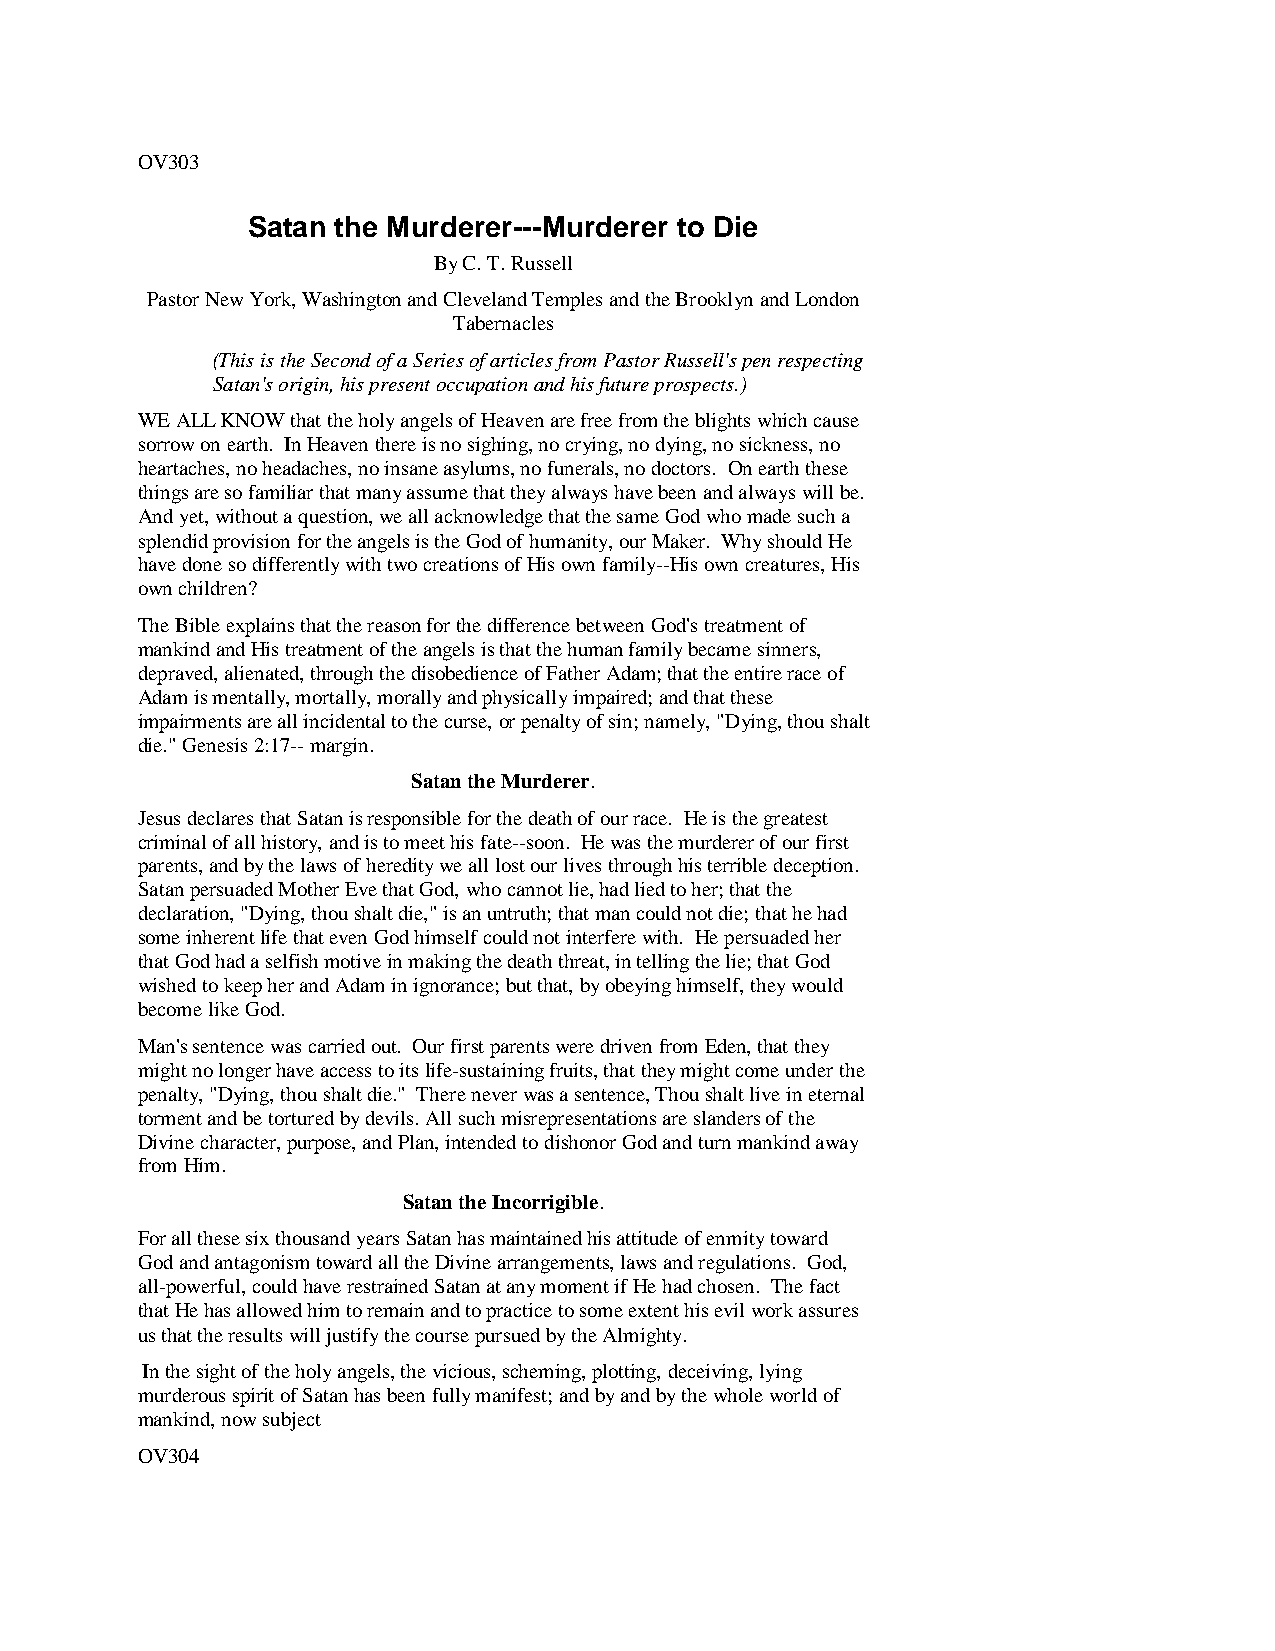
OV303
 Satan the Murderer---Murderer to Die
 By C. T. Russell
 Pastor New York, Washington and Cleveland Temples and the Brooklyn and London
 Tabernacles
 (This is the Second of a Series of articles from Pastor Russell's pen respecting
 Satan's origin, his present occupation and his future prospects.)
 WE ALL KNOW that the holy angels of Heaven are free from the blights which cause
 sorrow on earth. In Heaven there is no sighing, no crying, no dying, no sickness, no
 heartaches, no headaches, no insane asylums, no funerals, no doctors. On earth these
 things are so familiar that many assume that they always have been and always will be.
 And yet, without a question, we all acknowledge that the same God who made such a
 splendid provision for the angels is the God of humanity, our Maker. Why should He
 have done so differently with two creations of His own family--His own creatures, His
 own children?
 The Bible explains that the reason for the difference between God's treatment of
 mankind and His treatment of the angels is that the human family became sinners,
 depraved, alienated, through the disobedience of Father Adam; that the entire race of
 Adam is mentally, mortally, morally and physically impaired; and that these
 impairments are all incidental to the curse, or penalty of sin; namely, "Dying, thou shalt
 die." Genesis 2:17-- margin.
 Satan the Murderer.
 Jesus declares that Satan is responsible for the death of our race. He is the greatest
 criminal of all history, and is to meet his fate--soon. He was the murderer of our first
 parents, and by the laws of heredity we all lost our lives through his terrible deception.
 Satan persuaded Mother Eve that God, who cannot lie, had lied to her; that the
 declaration, "Dying, thou shalt die," is an untruth; that man could not die; that he had
 some inherent life that even God himself could not interfere with. He persuaded her
 that God had a selfish motive in making the death threat, in telling the lie; that God
 wished to keep her and Adam in ignorance; but that, by obeying himself, they would
 become like God.
 Man's sentence was carried out. Our first parents were driven from Eden, that they
 might no longer have access to its life-sustaining fruits, that they might come under the
 penalty, "Dying, thou shalt die." There never was a sentence, Thou shalt live in eternal
 torment and be tortured by devils. All such misrepresentations are slanders of the
 Divine character, purpose, and Plan, intended to dishonor God and turn mankind away
 from Him.
 Satan the Incorrigible.
 For all these six thousand years Satan has maintained his attitude of enmity toward
 God and antagonism toward all the Divine arrangements, laws and regulations. God,
 all-powerful, could have restrained Satan at any moment if He had chosen. The fact
 that He has allowed him to remain and to practice to some extent his evil work assures
 us that the results will justify the course pursued by the Almighty.
 In the sight of the holy angels, the vicious, scheming, plotting, deceiving, lying
 murderous spirit of Satan has been fully manifest; and by and by the whole world of
 mankind, now subject
 OV304